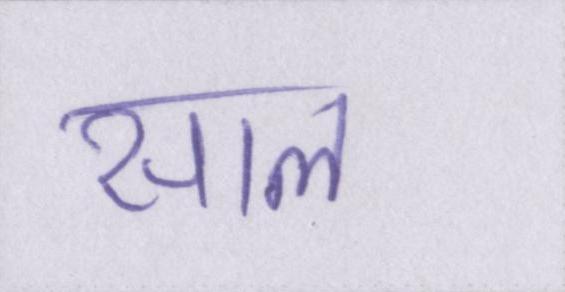
साल